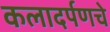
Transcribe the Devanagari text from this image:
कलादर्पणचे